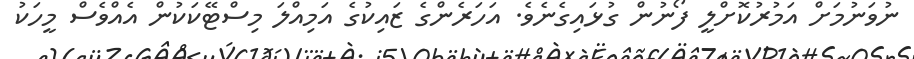
ނުވަނުމަށް އަމުރުކޮށްލީ ފޯނުން ގުޅައިގެނެވެ. އަހަރެންގެ ޒައިކުގެ އަމިއްލަ މިސްޓޭކަކުން އެއްވެސް މީހަކު